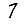
Digit: 7